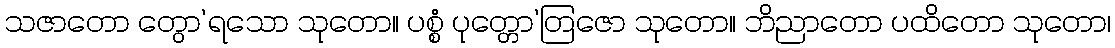
သဇာတော တွော’ရသော သုတော။ ပစ္စံ ပုတ္တော’တြဇော သုတော။ ဘိညာတော ပထိတော သုတော၊